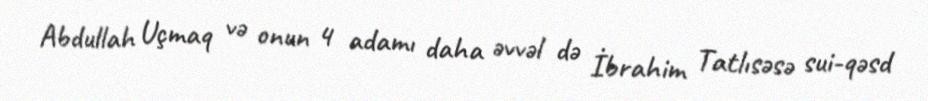
Abdullah Uçmaq və onun 4 adamı daha əvvəl də İbrahim Tatlısəsə sui-qəsd